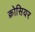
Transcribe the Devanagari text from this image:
क्रोसियर